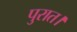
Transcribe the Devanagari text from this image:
पुरात।